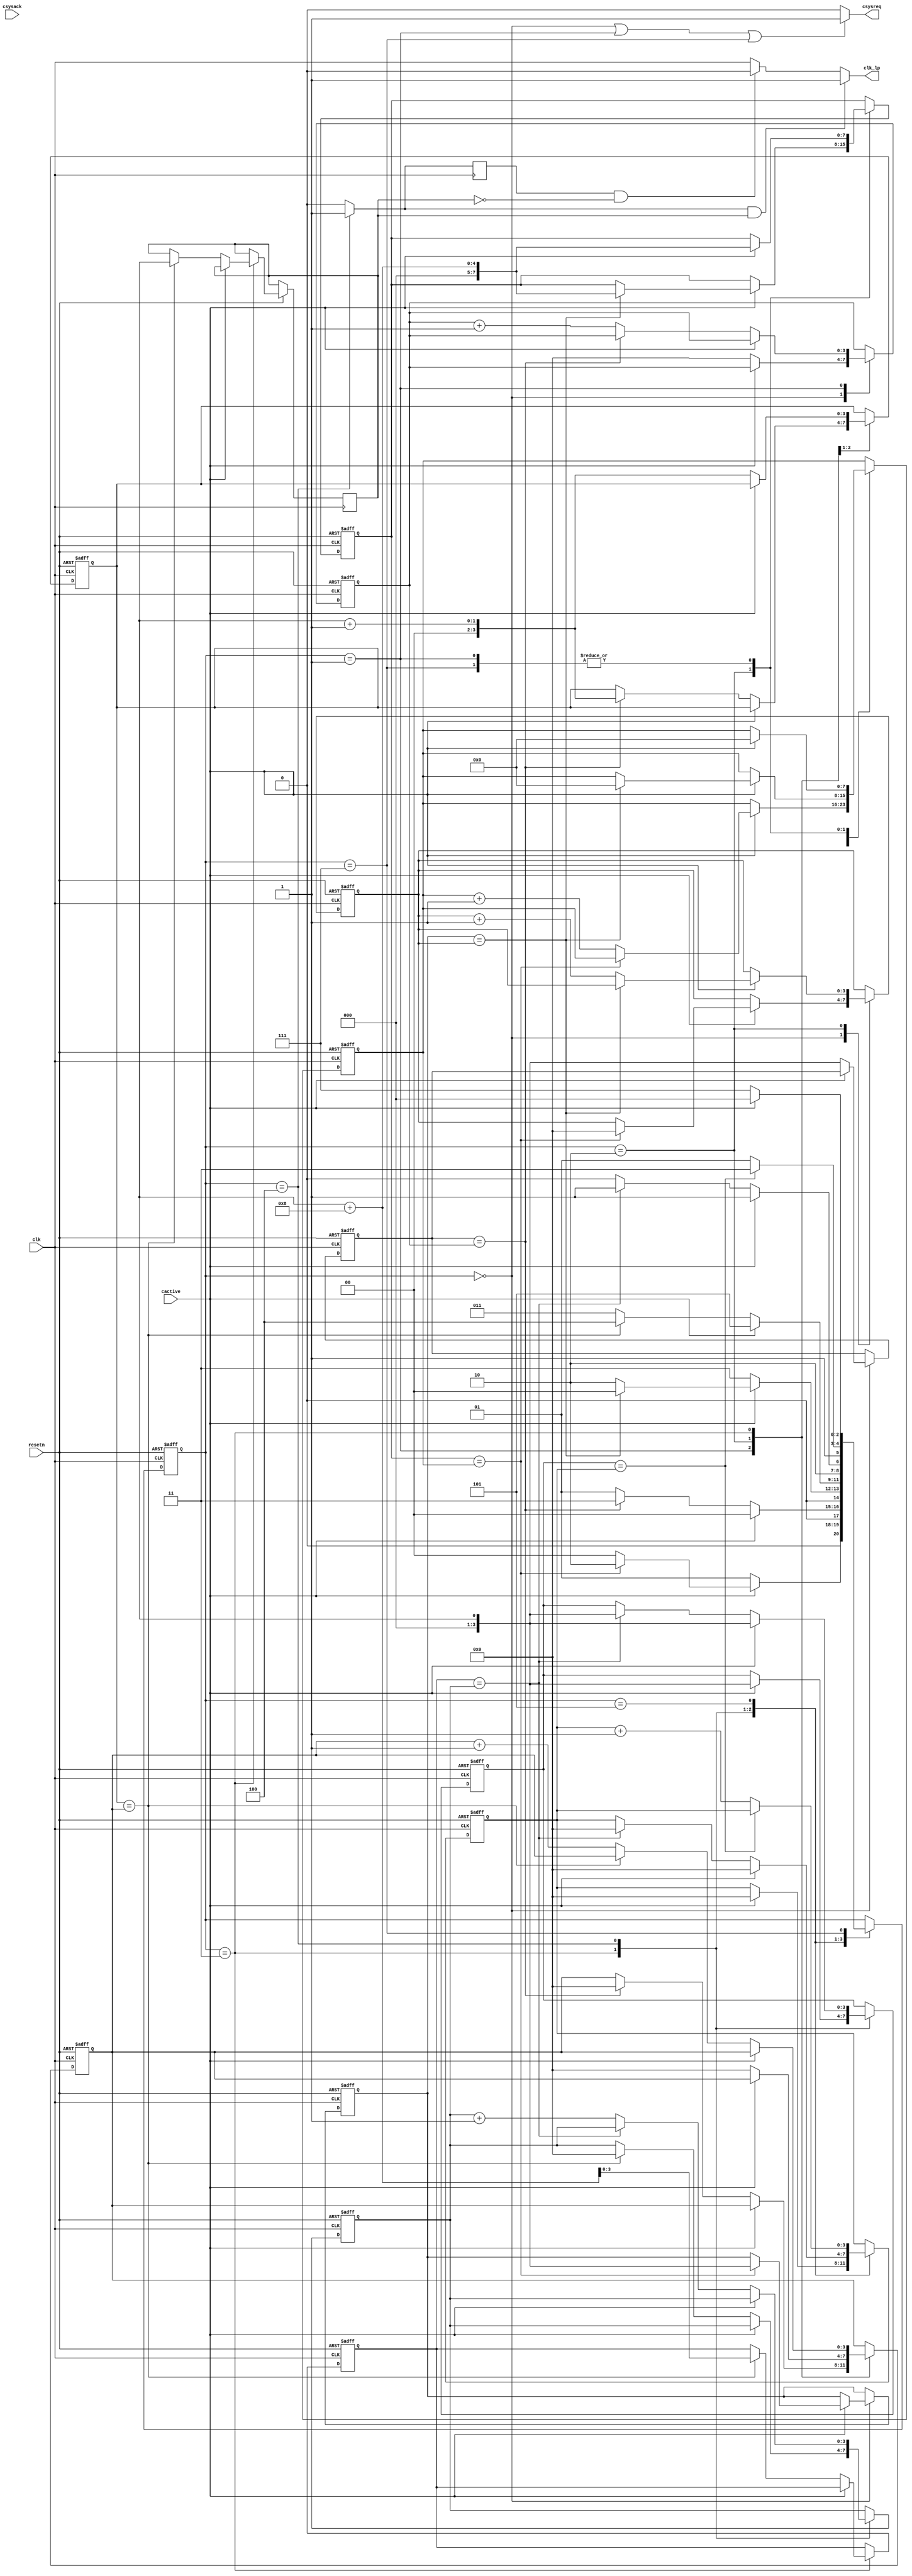
/* ---------------------------------------------------------------------
**
**                  (C) COPYRIGHT 2001-2011 SYNOPSYS, INC.
**                            ALL RIGHTS RESERVED
**
**  This software and the associated documentation are confidential and
**  proprietary to Synopsys, Inc.  Your use or disclosure of this
**  software is subject to the terms and conditions of a written
**  license agreement between you, or your company, and Synopsys, Inc.
**
**  The entire notice above must be reproduced on all authorized copies.
**
** ---------------------------------------------------------------------
**
** Abstract : Generates stimuli for low power port
**
**
** ---------------------------------------------------------------------
*/

module tb_gen_lp (
  resetn,
  clk,                                            // System clock
  csysack,
  cactive,
  csysreq,
  clk_lp
);

localparam PowerOn    = 3'b000;
localparam PerReqPD   = 3'b001;
localparam LPCReqPD   = 3'b010;
localparam StopClock  = 3'b011;
localparam PowerOff   = 3'b100;
localparam StartClock = 3'b101;
localparam PerReqPU   = 3'b110; // not used
localparam LPCReqPU   = 3'b111;

input        resetn;
input        clk;
input        csysack;
input        cactive;
output       csysreq;
output       clk_lp;

wire         resetn;
wire         clk;
wire         csysack;
wire         cactive;

reg          csysreq;
reg          clk_lp;

reg    [2:0] state;

reg          shutdown;
reg          shutdown_negclk;
reg          clocklevel;

reg    [7:0] random_PowerOn;
reg    [7:0] random_PowerOn_count;
reg    [3:0] random_PerReqPD;
reg    [3:0] random_PerReqPD_count;
reg    [3:0] random_LPCReqPD;
reg    [3:0] random_LPCReqPD_count;
reg    [3:0] random_StopClock;
reg    [3:0] random_StopClock_count;
reg    [3:0] random_StartClock;
reg    [3:0] random_StartClock_count;
reg    [3:0] random_PowerOff;
reg    [3:0] random_PowerOff_count;


always@(posedge clk or negedge resetn)
begin
  if(~resetn)
  begin
    state                   <= PowerOn;
    random_PowerOn          <= 0;
    random_PowerOn_count    <= 0;
    random_PerReqPD         <= 0;
    random_PerReqPD_count   <= 0;
    random_LPCReqPD         <= 0;
    random_LPCReqPD_count   <= 0;
    random_StopClock        <= 0;
    random_StopClock_count  <= 0;
    random_StartClock       <= 0;
    random_StartClock_count <= 0;
    random_PowerOff         <= 0;
    random_PowerOff_count   <= 0;
  end
  else
  begin
    case(state)

    PowerOn    : begin
              if ( cactive == 1'b0 )
              begin
                random_PerReqPD_count <= 0;
                     random_PerReqPD       <= $random;
                state                 <= PerReqPD;
              end
              else
                   begin
                if ( random_PowerOn == random_PowerOn_count )
                begin
                       random_LPCReqPD_count <= 0;
                       random_LPCReqPD       <= $random;
                       state                 <= LPCReqPD;
                     end
                else
                begin
                       random_PowerOn_count  <= random_PowerOn_count + 1;
                       state                 <= PowerOn;
                     end
              end
            end

    PerReqPD   : begin
         if ( cactive == 1'b1 ) begin
            random_PowerOn_count <= 0;
            random_PowerOn       <= $random + 8;
            state                <= PowerOn;
         end
         else begin
            if ( random_PerReqPD == random_PerReqPD_count ) begin
               random_StopClock_count <= 0;
               random_StopClock       <= $random + 1; // at least one clock cycle is needed to sample csysack low
               state                  <= StopClock;
            end
            else begin
               random_PerReqPD_count <= random_PerReqPD_count + 1;
               state                 <= PerReqPD;
            end
         end
       end

    LPCReqPD   : begin
         if ( cactive == 1'b0 ) begin
              random_StopClock_count <= 0;
              random_StopClock       <= $random + 1; // at least one clock cycle is needed to sample csysack low
              state                  <= StopClock;
         end
         else begin
            if ( random_LPCReqPD == random_LPCReqPD_count)
            begin
               random_PowerOn_count <= 0;
               random_PowerOn       <= $random + 8;
               state                <= PowerOn;
            end
            else begin
               random_LPCReqPD_count <= random_LPCReqPD_count + 1;
               state                 <= LPCReqPD;
            end
         end
       end

    StopClock  : begin
         if ( cactive== 1'b1 ) begin
                random_StartClock_count <= 0;
                random_StartClock       <= $random;
                state                   <= StartClock;
         end
         else begin
            if ( random_StopClock == random_StopClock_count ) begin
               random_PowerOff_count <= 0;
               random_PowerOff       <= $random + 8;
               clocklevel            <= $random;
               state                 <= PowerOff;
            end
            else begin
               random_StopClock_count <= random_StopClock_count + 1;
               state                  <= StopClock;
            end
         end
       end

    PowerOff   : begin
         if ( cactive==1'b1 ) begin
             random_StartClock_count <= 0;
             random_StartClock       <= $random;
             state                   <= StartClock;
         end
         else begin
            if ( random_PowerOff == random_PowerOff_count ) begin
               random_StartClock_count <= 0;
               random_StartClock       <= $random;
               state                   <= StartClock;
            end
            else begin
                random_PowerOff_count <= random_PowerOff_count + 1;
                state                 <= PowerOff;
            end
         end
       end

    StartClock : begin
         if ( random_StartClock == random_StartClock_count )
            state <= LPCReqPU;
         else begin
            random_StartClock_count <= random_StartClock_count + 1;
            state                   <= StartClock;
         end
       end
    LPCReqPU   : begin
         if ( cactive==1'b1 ) begin
             random_PowerOn_count <= 0;
             random_PowerOn       <= $random + 8;
             state                <= PowerOn;
         end
         else
            state <= LPCReqPU;
         end

    endcase
  end
end

always@(*)
  if ( ( state == PowerOn ) || ( state == PerReqPD ) || ( state == LPCReqPU ) )
    csysreq = 1'b1;
  else
    csysreq = 1'b0;

always@(*)
  if ( state == PowerOff )
    shutdown = 1'b1;
  else
    shutdown = 1'b0;

always@(negedge clk)
  shutdown_negclk = shutdown;

always@(*)
  begin
    if(shutdown && clocklevel)
      clk_lp = 1'b1;
    else
    begin
      if(shutdown_negclk && ~clocklevel)
        clk_lp = 1'b0;
      else
        clk_lp = clk;
    end
  end

endmodule